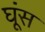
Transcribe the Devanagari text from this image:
घूंस